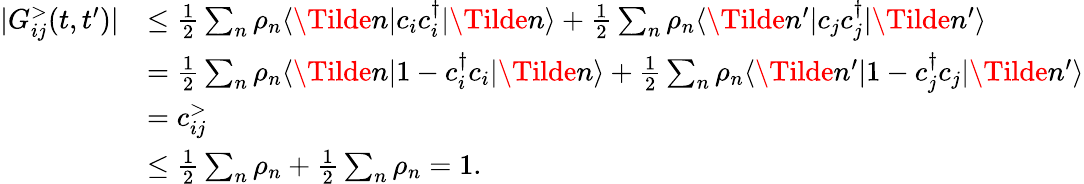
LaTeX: \begin{array}{rl}{|G_{ij}^{>}(t,t^{\prime})|}&{\leq\frac{1}{2}\sum_{n}\rho_{n}\langle\Tilde{n}|c_{i}c_{i}^{\dagger}|\Tilde{n}\rangle+\frac{1}{2}\sum_{n}\rho_{n}\langle\Tilde{n}^{\prime}|c_{j}c_{j}^{\dagger}|\Tilde{n}^{\prime}\rangle}\\ &{=\frac{1}{2}\sum_{n}\rho_{n}\langle\Tilde{n}|1-c_{i}^{\dagger}c_{i}|\Tilde{n}\rangle+\frac{1}{2}\sum_{n}\rho_{n}\langle\Tilde{n}^{\prime}|1-c_{j}^{\dagger}c_{j}|\Tilde{n}^{\prime}\rangle}\\ &{=c_{ij}^{>}}\\ &{\leq\frac{1}{2}\sum_{n}\rho_{n}+\frac{1}{2}\sum_{n}\rho_{n}=1.}\end{array}